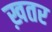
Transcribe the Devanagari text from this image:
ख़तर